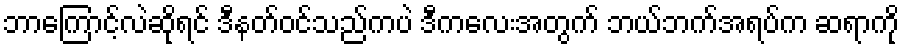
ဘာကြောင့်လဲဆိုရင် ဒီနတ်ဝင်သည်ကပဲ ဒီကလေးအတွက် ဘယ်ဘက်အရပ်က ဆရာကို